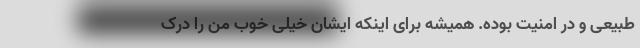
طبیعی و در امنیت بوده. همیشه برای اینکه ایشان خیلی خوب من را درک